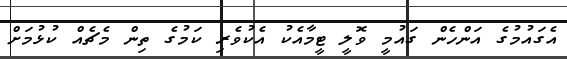
އެގައުމުގެ އަންހެން ގައުމީ ވޮލީ ޓީމާއެކު އެކުވެރި ކަމުގެ ތިން މެޗެއް ކުޅުމަށް